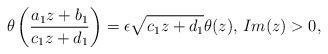
LaTeX: \begin{align*}\theta\left(\frac{a_1 z+b_1}{c_1 z+d_1}\right)=\epsilon \sqrt{c_1 z+d_1}\theta(z)\textrm{, }Im(z)>0,\end{align*}